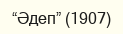
“Әдеп” (1907)